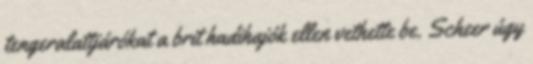
tengeralattjárókat a brit hadihajók ellen vethette be. Scheer úgy